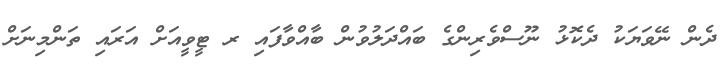
ދެން ނޭވަޔަކު ދެކޮޅު ނޫސްވެރިންގެ ބައްދަލުވުން ބާއްވާފައި ރ ޓީވީއަށް އަރައި ތަންމިނަށް